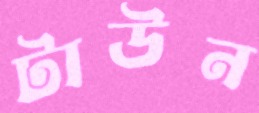
টাউন